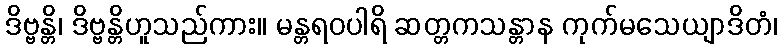
ဒိဗ္ဗန္တိ၊ ဒိဗ္ဗန္တိဟူသည်ကား။ မန္တရဝပါရိ ဆတ္တကသန္တာန ကုက်မသေယျာဒိတံ၊